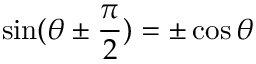
\sin ( \theta \pm { \frac { \pi } { 2 } } ) = \pm \cos \theta